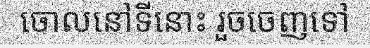
ចោលនៅទីនោះ រួចចេញទៅ